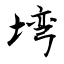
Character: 塆